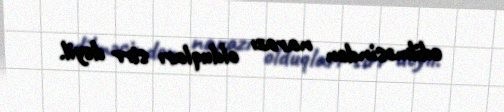
edilməsindən narazı olduqları sirr deyil.